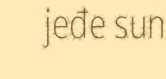
jeđe sun